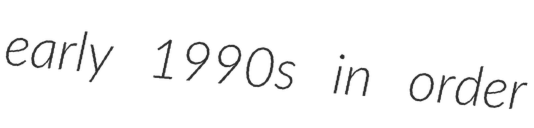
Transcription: early 1990s in order